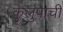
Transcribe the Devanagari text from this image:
कुलुपाची